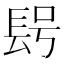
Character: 𨱭